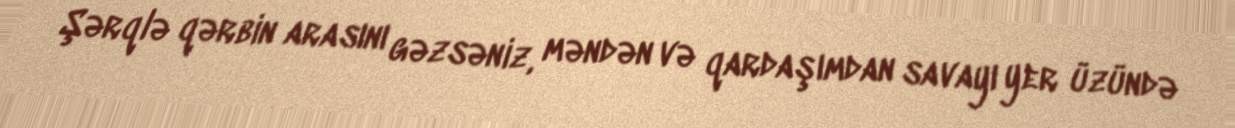
Şərqlə qərbin arasını gəzsəniz, məndən və qardaşımdan savayı yer üzündə